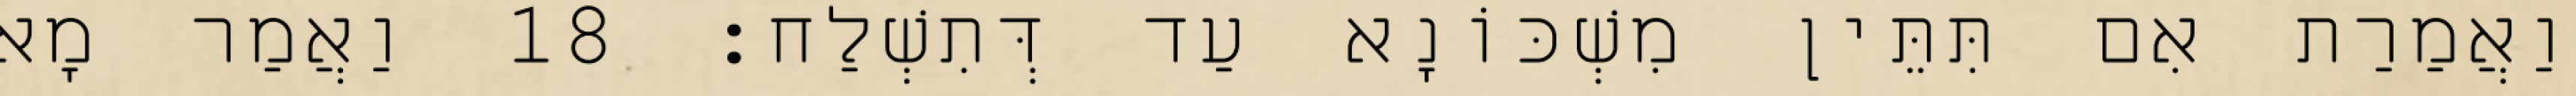
וַאֲמַרַת אִם תִּתֵּין מִשְׁכּוֹנָא עַד דְּתִשְׁלַח׃ 18 וַאֲמַר מָא